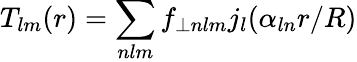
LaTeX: T_{lm}(r)=\sum_{nlm}f_{\perp nlm}j_{l}(\alpha_{ln}r/R)